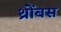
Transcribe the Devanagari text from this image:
थ्रोंबस